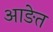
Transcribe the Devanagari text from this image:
आङेत